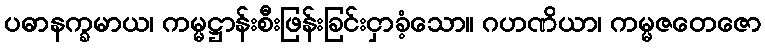
ပဓာနက္ခမာယ၊ ကမ္မဋ္ဌာန်းစီးဖြန်းခြင်းငှာခံ့သော။ ဂဟဏိယာ၊ ကမ္မဇတေဇော